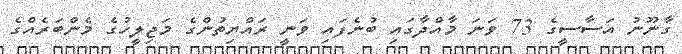
ގާނޫނު އަސާސީގެ 73 ވަނަ މާއްދާގައި ބުނެފައި ވަނީ ރައްޔިތުންގެ މަޖިލީހުގެ މެންބަރެއްގެ